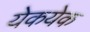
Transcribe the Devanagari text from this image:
येकयेक